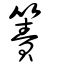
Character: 箦